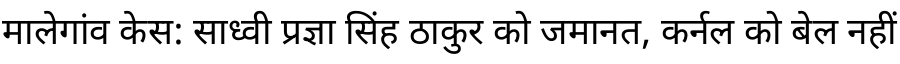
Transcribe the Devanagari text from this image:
मालेगांव केस: साध्वी प्रज्ञा सिंह ठाकुर को जमानत, कर्नल को बेल नहीं